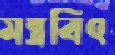
মন্ত্রবিৎ